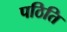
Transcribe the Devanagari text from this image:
पठिति